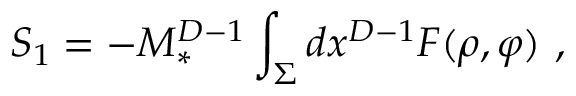
S _ { 1 } = - M _ { * } ^ { D - 1 } \int _ { \Sigma } d x ^ { D - 1 } F ( \rho , \varphi ) ~ ,